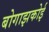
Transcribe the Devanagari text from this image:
बोगाझकोई